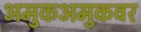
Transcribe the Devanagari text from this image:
अमुकअमुकवर